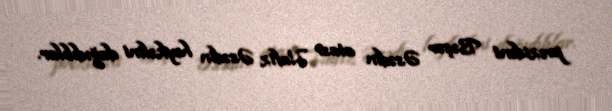
prezident Bəşər Əsədin atası Hafiz Əsədin heykəlini dağıdıblar.